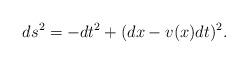
LaTeX: \begin{align*}ds^2 = - dt^2 + (dx - v(x) dt)^2.\end{align*}